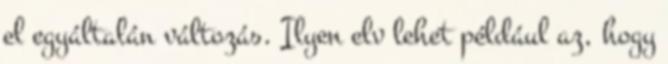
el egyáltalán változás. Ilyen elv lehet például az, hogy